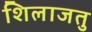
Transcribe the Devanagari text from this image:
शिलाजतु